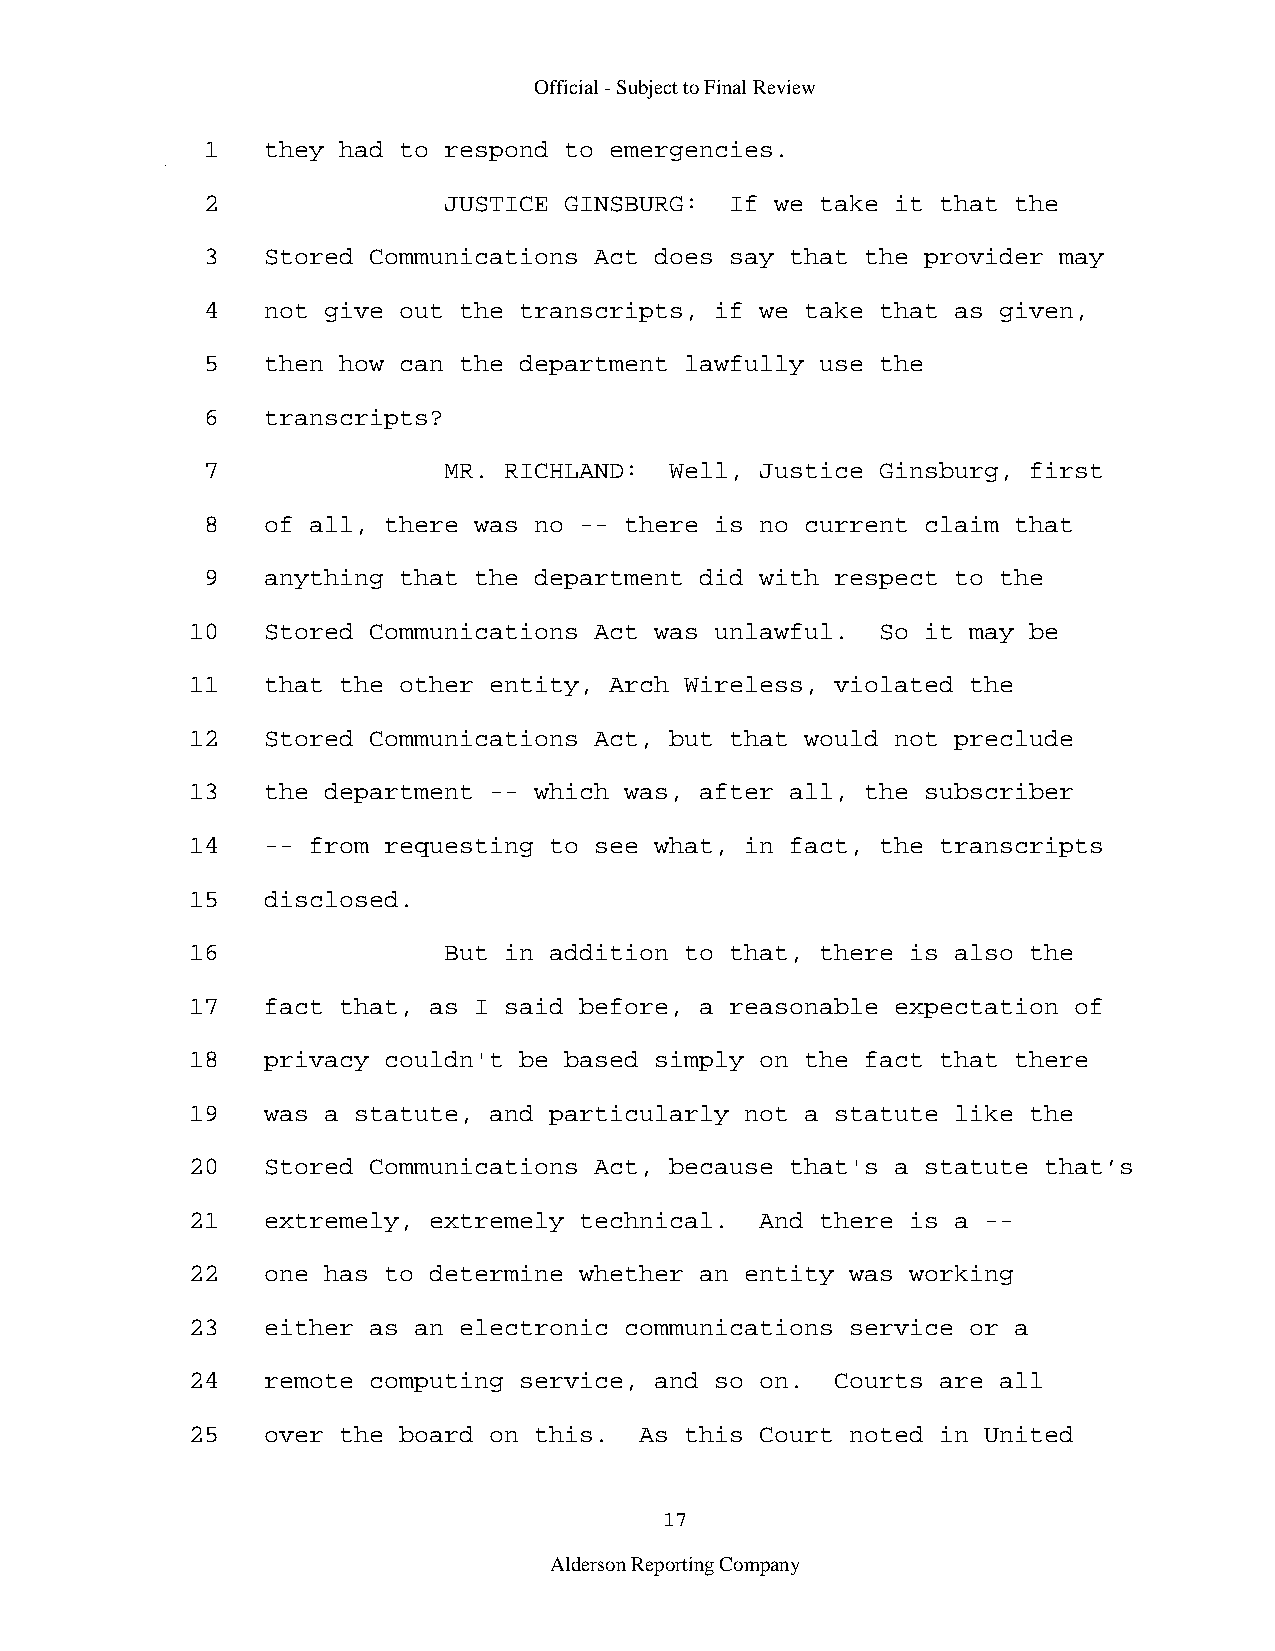
Official - Subject to Final Review
 1   they had to respond to emergencies.
 2               JUSTICE GINSBURG:  If we take it that the
 3   Stored Communications Act does say that the provider may
 4   not give out the transcripts, if we take that as given,
 5   then how can the department lawfully use the
 6   transcripts?
 7               MR. RICHLAND:  Well, Justice Ginsburg, first
 8   of all, there was no -- there is no current claim that
 9   anything that the department did with respect to the
 10   Stored Communications Act was unlawful.  So it may be
 11   that the other entity, Arch Wireless, violated the
 12   Stored Communications Act, but that would not preclude
 13   the department -- which was, after all, the subscriber
 14   -- from requesting to see what, in fact, the transcripts
 15   disclosed.
 16               But in addition to that, there is also the
 17   fact that, as I said before, a reasonable expectation of
 18   privacy couldn't be based simply on the fact that there
 19   was a statute, and particularly not a statute like the
 20   Stored Communications Act, because that's a statute that’s
 21   extremely, extremely technical.  And there is a --
 22   one has to determine whether an entity was working
 23   either as an electronic communications service or a
 24   remote computing service, and so on.  Courts are all
 25   over the board on this.  As this Court noted in United
 17
 Alderson Reporting Company